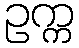
ဥက္က